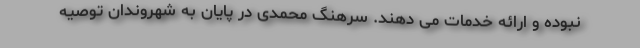
نبوده و ارائه خدمات می دهند. سرهنگ محمدی در پایان به شهروندان توصیه